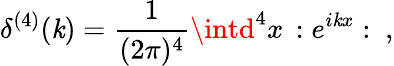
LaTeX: \delta^{(4)}(\mathit{k})=\frac{{1}}{{(2\pi)^{4}}}\intd^{4}x\, :e^{i\mathit{k}x}:~,